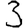
Digit: 3